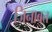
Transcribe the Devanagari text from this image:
जिनाबत